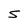
Character: S